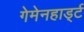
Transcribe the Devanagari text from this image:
गेमेनहार्ड्ट